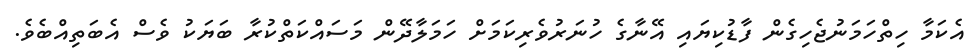
އެކަމާ ހިތްހަމަނުޖެހިގެން ފާޑުކިޔައި އޭނާގެ ހުނަރުވެރިކަމަށް ހަމަލާދޭން މަސައްކަތްކުރާ ބަޔަކު ވެސް އެބަތިއްބެވެ.